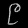
Digit: ၉